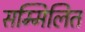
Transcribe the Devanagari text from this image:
सम्मिलित